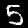
Label: 5